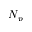
N _ { p }